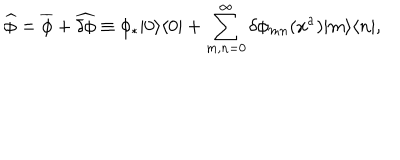
\widehat { \phi } = \overline { { { \phi } } } + \widehat { \delta \phi } \equiv \phi _ { * } | 0 \rangle \langle 0 | + \sum _ { m , n = 0 } ^ { \infty } \delta \phi _ { m n } ( x ^ { a } ) | m \rangle \langle n | ,